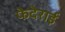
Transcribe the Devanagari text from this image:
फेदेराई